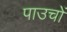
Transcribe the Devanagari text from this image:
पाउचों